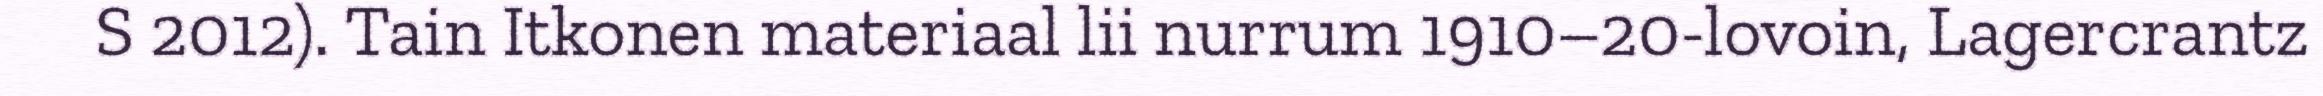
S 2012). Tain Itkonen materiaal lii nurrum 1910–20-lovoin, Lagercrantz